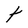
Character: t